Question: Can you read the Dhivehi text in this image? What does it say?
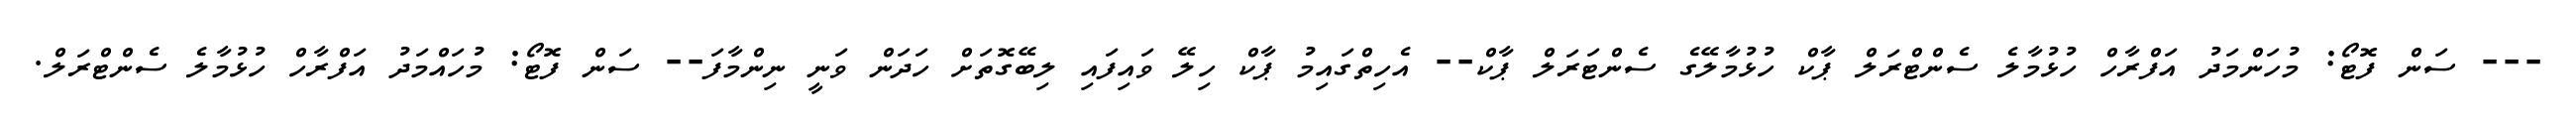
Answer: --- ސަން ފޮޓޯ: މުހަންމަދު އަފްރާހް ހުޅުމާލެ ސެންޓްރަލް ޕާކް ހުޅުމާލޭގެ ސެންޓަރަލް ޕާކް-- އެހިތްގައިމު ޕާކް ހިލޭ ވައިފައި ލިބޭގޮތަށް ހަދަން ވަނީ ނިންމާފަ-- ސަން ފޮޓޯ: މުހައްމަދު އަފްރާހް ހުޅުމާލެ ސެންޓްރަލް.